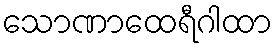
သောဏာထေရီဂါထာ